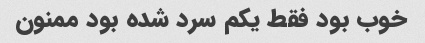
خوب بود فقط یکم سرد شده بود ممنون